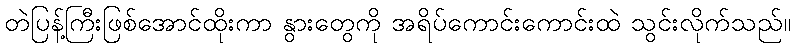
တဲပြန့်ကြီးဖြစ်အောင်ထိုးကာ နွားတွေကို အရိပ်ကောင်းကောင်းထဲ သွင်းလိုက်သည်။